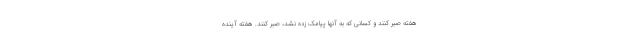
هفته صبر کنند و کسانی که به آنها پیامک زده نشد، صبر کنند. هفته آینده